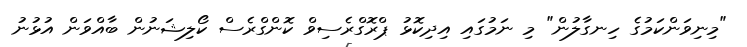
"މިނިވަންކަމުގެ ހިނގާލުން" މި ނަމުގައި އިދިކޮޅު ޕްރޮގްރެސިވް ކޮންގްރެސް ކޯލިޝަނުން ބާއްވަން އުޅުނު